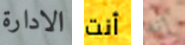
الادارة أنت إنه